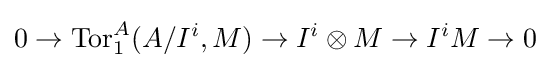
0\to \operatorname {Tor} _{1}^{A}(A/I^{i},M)\to I^{i}\otimes M\to I^{i}M\to 0